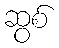
ဆွစ်